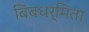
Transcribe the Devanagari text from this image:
बिंबधर्मिता